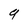
Character: 9